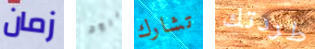
زمان برود تشارك طردتك